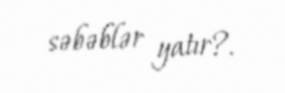
səbəblər yatır?.